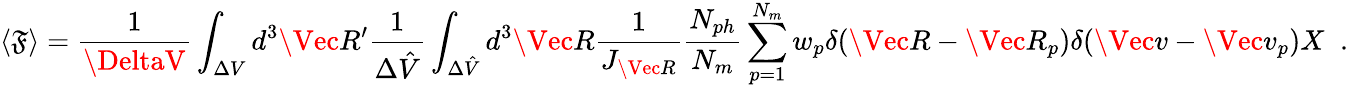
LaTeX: \langle\mathfrak{F}\rangle=\frac{{1}}{{\DeltaV}}\int_{\Delta{V}}d^{3}\Vec{R}^{\prime}\frac{{1}}{{\Delta\hat{{V}}}}\int_{\Delta\hat{{V}}}d^{3}\Vec{R}\frac{{1}}{{J_{\Vec{R}}}}\frac{{N_{ph}}}{{N_{m}}}\sum_{p=1}^{N_{m}}w_{p}\delta(\Vec{R}-\Vec{R}_{p})\delta(\Vec{v}-\Vec{v}_{p})X\; \; .